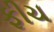
ફીચ